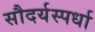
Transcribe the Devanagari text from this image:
सौदर्यस्पर्धा